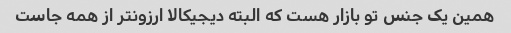
همین یک جنس تو بازار هست که البته دیجیکالا ارزونتر از همه جاست